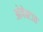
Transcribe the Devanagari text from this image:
ओपेक्टात